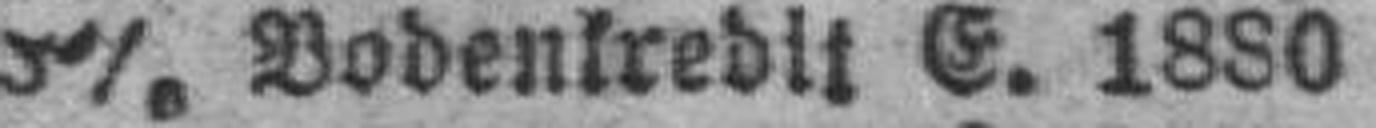
###% Bodenkredit E. 1880